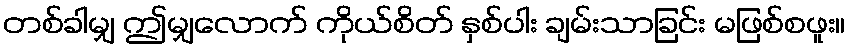
တစ်ခါမျှ ဤမျှလောက် ကိုယ်စိတ် နှစ်ပါး ချမ်းသာခြင်း မဖြစ်စဖူး။